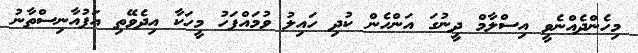
މިހެންދެއްނެވީ އިސްލާމް ދީނުގަ އަންހެން ކުދި ހައިލު ވުމައްފަހު މީހަކާ އިދެވޭތި އަފުއާނިސްތާނު